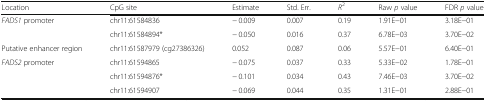
<table><thead><tr><td><b>Location</b></td><td><b>CpG site</b></td><td><b>Estimate</b></td><td><b>Std. Err.</b></td><td><b><i>R</i><sup>2</sup></b></td><td><b>Raw <i>p</i> value</b></td><td><b>FDR <i>p</i> value</b></td></tr></thead><tbody><tr><td rowspan="2"><i>FADS1</i> promoter</td><td>chr11:61584836</td><td>− 0.009</td><td>0.007</td><td>0.19</td><td>1.91E−01</td><td>3.18E−01</td></tr><tr><td>chr11:61584894*</td><td>− 0.050</td><td>0.016</td><td>0.37</td><td>6.78E−03</td><td>3.70E−02</td></tr><tr><td>Putative enhancer region</td><td>chr11:61587979 (cg27386326)</td><td>0.052</td><td>0.087</td><td>0.06</td><td>5.57E−01</td><td>6.40E−01</td></tr><tr><td rowspan="3"><i>FADS2</i> promoter</td><td>chr11:61594865</td><td>− 0.075</td><td>0.037</td><td>0.33</td><td>5.33E−02</td><td>1.78E−01</td></tr><tr><td>chr11:61594876*</td><td>− 0.101</td><td>0.034</td><td>0.43</td><td>7.46E−03</td><td>3.70E−02</td></tr><tr><td>chr11:61594907</td><td>− 0.069</td><td>0.044</td><td>0.35</td><td>1.31E−01</td><td>2.88E−01</td></tr></tbody></table>